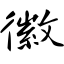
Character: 徽